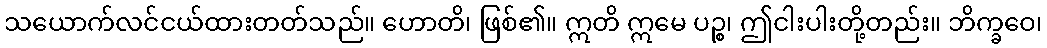
သယောက်လင်ငယ်ထားတတ်သည်။ ဟောတိ၊ ဖြစ်၏။ ဣတိ ဣမေ ပဉ္စ၊ ဤငါးပါးတို့တည်း။ ဘိက္ခဝေ၊